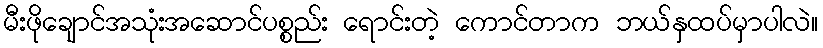
မီးဖိုချောင်အသုံးအဆောင်ပစ္စည်း ရောင်းတဲ့ ကောင်တာက ဘယ်နှထပ်မှာပါလဲ။